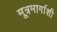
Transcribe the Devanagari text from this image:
मूत्रमार्गाशी